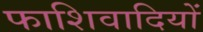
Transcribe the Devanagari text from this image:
फाशिवादियों